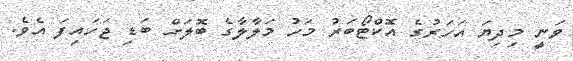
ވަނީ މިދިޔަ އަހަރުގެ އޮކްޓޯބަރު މަހު މަލާލާގެ ބޮލަށް ބަޑި ޖަހައިފަ އެވެ.